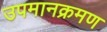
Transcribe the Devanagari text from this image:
उपमानक्रमण